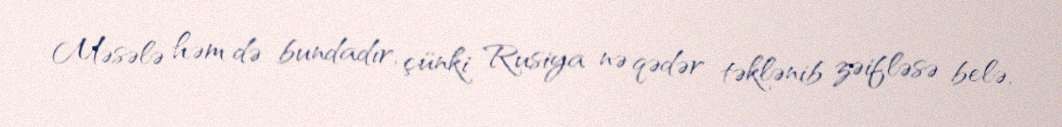
Məsələ həm də bundadır, çünki Rusiya nə qədər təklənib zəifləsə belə,